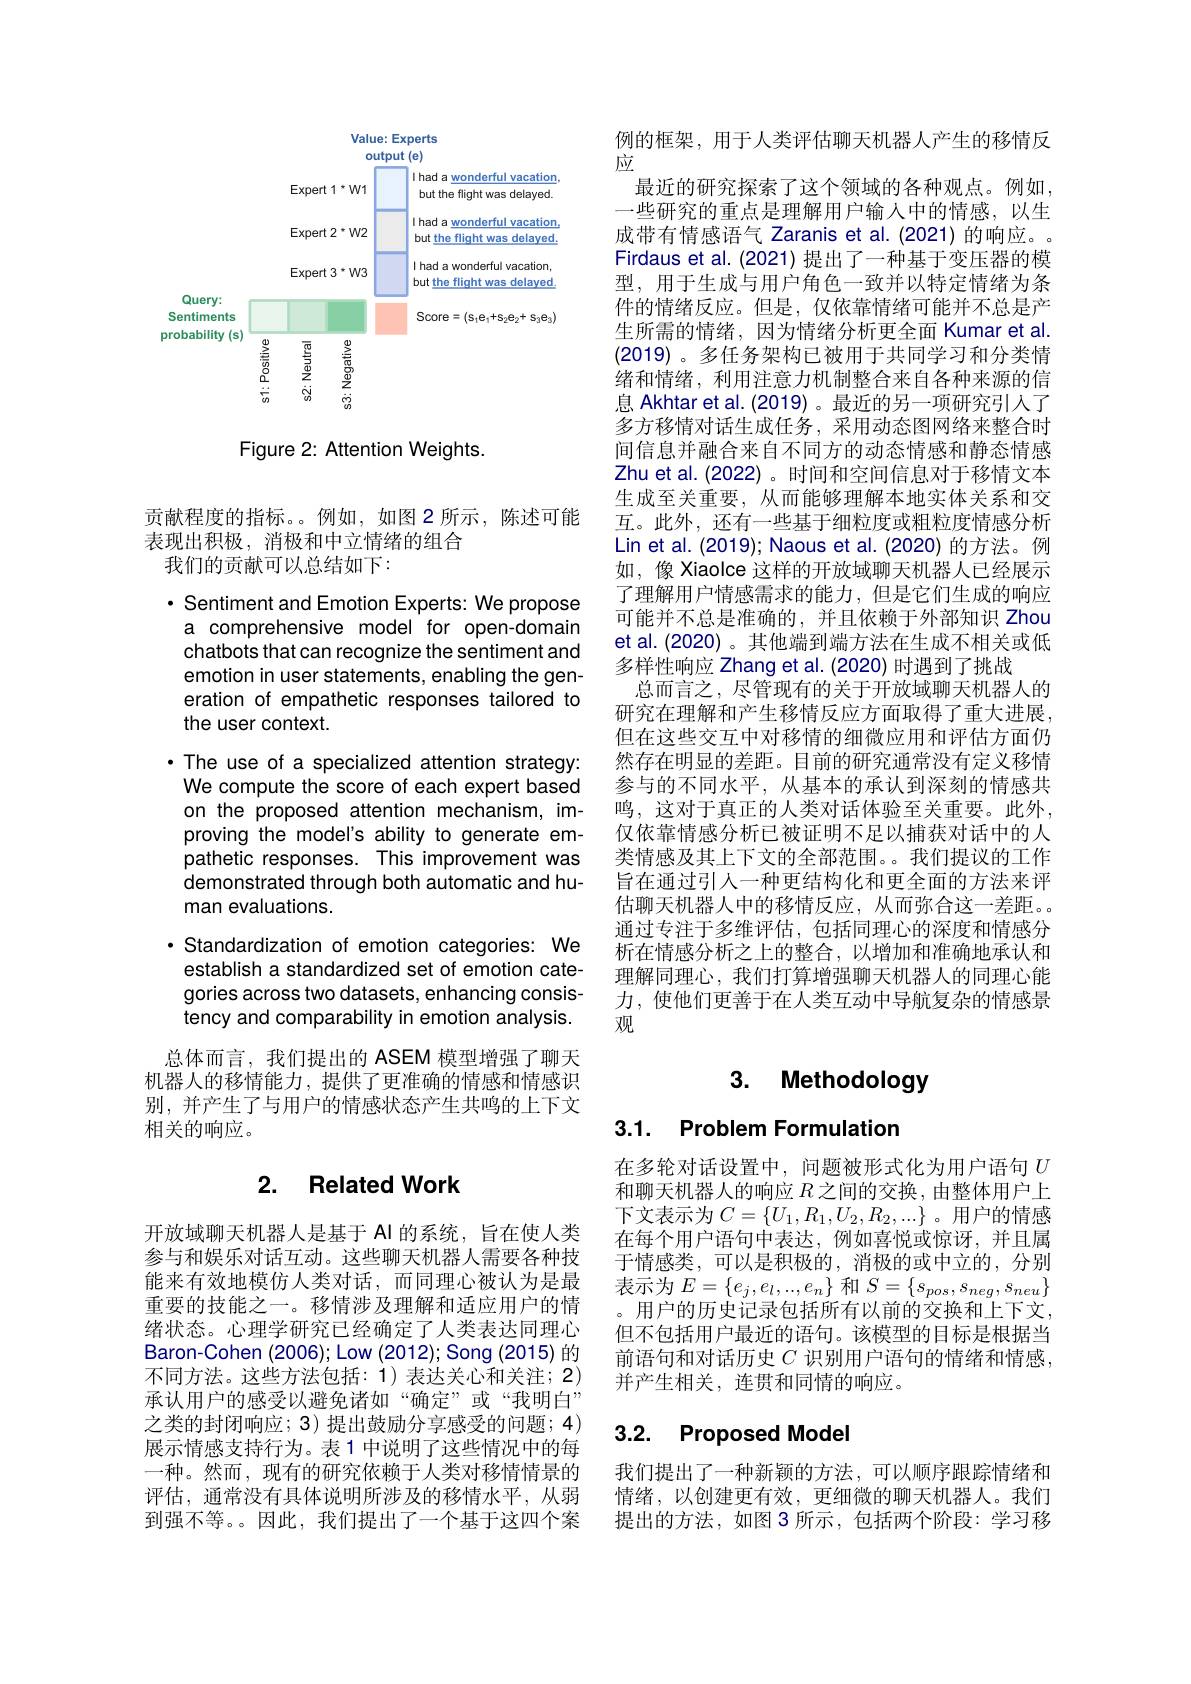
<FigureHere>

Figure 2: Attention Weights.

贡献程度的指标。。例如，如图 2 所示，陈述可能
表现出积极，消极和中立情绪的组合
我们的贡献可以总结如下：

· Sentiment and Emotion Experts: We propose a comprehensive model for op chatbots that can recognize the sentiment and emotion in user statements, enabling the generation of empathetic responses tailored to the user context.
·The use of a specialized attention strategy:
We compute the score of each expert based on the proposed attention mechanism, improving the model's ability to generate empathetic responses. This improvement was demonstrated through both automatic and human evaluations.
$\cdot$ Standardization of emotion categories: We establish a standardized set of emotion categories across two datasets, enhancing consistency and comparability in emotion analysis. 总体而言，我们提出的 ASEM 模型增强了聊天

机器人的移情能力，提供了更准确的情感和情感识别，并产生了与用户的情感状态产生共鸣的上下文相关的响应。

# 2. Related Work

开放域聊天机器人是基于 Al 的系统，旨在使人类参与和娱乐对话互动。这些聊天机器人需要各种技能来有效地模仿人类对话，而同理心被认为是最重要的技能之一。移情涉及理解和适应用户的情绪状态。心理学研究已经确定了人类表达同理心Baron-Cohen (2006); Low (2012); Song (2015) 的不同方法。这些方法包括：1)表达关心和关注；2) 承认用户的感受以避免诸如“确定”或“我明白” 之类的封闭响应；3) 提出鼓励分享感受的问题；4) 展示情感支持行为。表 1 中说明了这些情况中的每一种。然而，现有的研究依赖于人类对移情情景的评估，通常没有具体说明所涉及的移情水平，从弱到强不等。因此，我们提出了一个基于这四个案

例的框架，用于人类评估聊天机器人产生的移情反
应
最近的研究探索了这个领域的各种观点。例如， 一些研究的重点是理解用户输入中的情感，以生成带有情感语气 Zaranis et al.(2021) 的响应。Firdaus et al. (2021) 提出了一种基于变压器的模型，用于生成与用户角色一致并以特定情绪为条件的情绪反应。但是，仅依靠情绪可能并不总是产生所需的情绪，因为情绪分析更全面 Kumar et al. (2019)。多任务架构已被用于共同学习和分类情绪和情绪，利用注意力机制整合来自各种来源的信息 Akhtar et al.(2019)。最近的另一项多方移情对话生成任务，采用动态图网络来整合时间信息并融合来自不同方的动态情感和静态情感Zhu et al. (2022) 。时间和空间信息对于生成至关重要，从而能够理解本地实体关系和交互。此外，还有一些基于细粒度或粗粒度情感分析Lin et al. (2019); Naous et al. (2020) 的方法。例如，像 Xiaolce 这样的开放域聊天机器人已经展示了理解用户情感需求的能力，但是它们生成的响应可能并不总是准确的，并且依赖于外部知识 Zhou et al. (2020) 。其他端到端方法在生成不相关或低多样性响应 Zhang et al. (2020) 时遇到了挑战
总而言之，尽管现有的关于开放域聊天机器人的研究在理解和产生移情反应方面取得了重大进展， 但在这些交互中对移情的细微应用和评估方面仍然存在明显的差距。目前的研究通常没有定义移情参与的不同水平，从基本的承认到深刻的情感共鸣，这对于真正的人类对话体验至关重要。此外， 仅依靠情感分析已被证明不足以捕获对话中的人类情感及其上下文的全部范围。。我们提议的工作旨在通过引人一种更结构化和更全面的方法来评估聊天机器人中的移情反应，从而弥合这一差距。通过专注于多维评估，包括同理心的深度和情感分析在情感分析之上的整合，以增加和准确地承认和理解同理心，我们打算增强聊天机器人的同理心能力，使他们更善于在人类互动中导航复杂的情感景观

# 3. Methodology

# 3.1. Problem Formulation

在多轮对话设置中，问题被形式化为用户语句$U$ 和聊天机器人的响应$R$之间的交换，由整体用户上下文表示为$C=\{U_1,R_1,U_2,R_2,...\}$ 在每个用户语句中表达，例如喜悦或惊讶，并且属于情感类，可以是积极的，消极的或中立的，分别表示为$E=\{e_j,e_l,...,e_n\}$ 和 $S=\{s_pos,s_{neg},s_{neu}\}$ 用户的历史记录包括所有以前的交换和上下文， 但不包括用户最近的语句。该模型的目标是根据当前语句和对话历史 $C$ 识别用户语句的情绪和情感， 并产生相关，连贯和同情的响应。

# 3.2. Proposed Model

我们提出了一种新颖的方法，可以顺序跟踪情绪和情绪，以创建更有效，更细微的聊天机器人。我们提出的方法，如图 3 所示，包括两个阶段：学习移